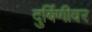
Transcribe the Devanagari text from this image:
दुर्बिणीवर